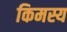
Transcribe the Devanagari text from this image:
किमस्य